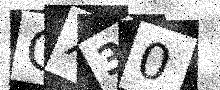
Text: CX30